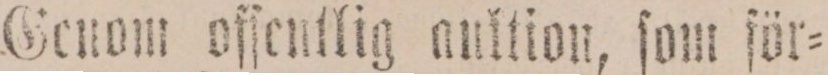
Genom offentlig anktion, ſom för=